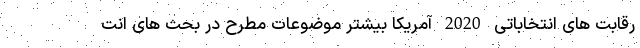
رقابت های انتخاباتی 2020 آمریکا بیشتر موضوعات مطرح در بحث های انت